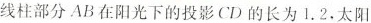
线柱部分AB在阳光下的投影CD的长为1. 2，太阳